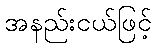
အနည်းငယ်ဖြင့်